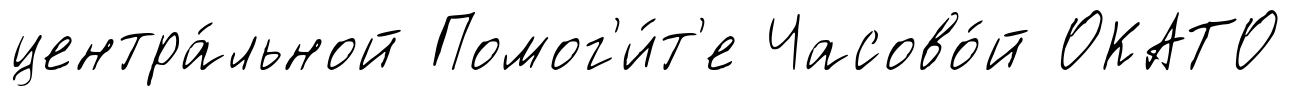
центра́льной Помог'и́т'е Часово́й ОКАТО